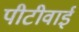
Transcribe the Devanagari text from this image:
पीटीवाई